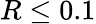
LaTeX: R\le 0.1